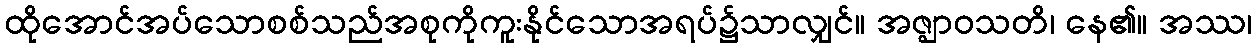
ထိုအောင်အပ်သောစစ်သည်အစုကိုကူးနိုင်သောအရပ်၌သာလျှင်။ အဇ္ဈာဝသတိ၊ နေ၏။ အဿ၊